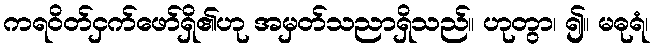
ကရဝိတ်ငှက်ဖော်ရှိ၏ဟု အမှတ်သညာရှိသည်။ ဟုတွာ၊ ၍။ မဓုရံ၊